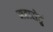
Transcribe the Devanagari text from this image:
महासेतुं